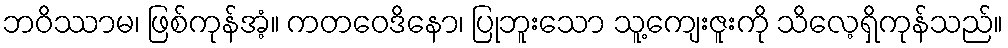
ဘဝိဿာမ၊ ဖြစ်ကုန်အံ့။ ကတဝေဒိနော၊ ပြုဘူးသော သူ့ကျေးဇူးကို သိလေ့ရှိကုန်သည်။